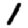
Digit: 1